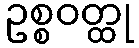
ဥစ္စဝတ္ထု